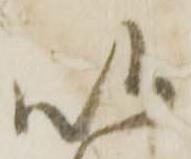
以